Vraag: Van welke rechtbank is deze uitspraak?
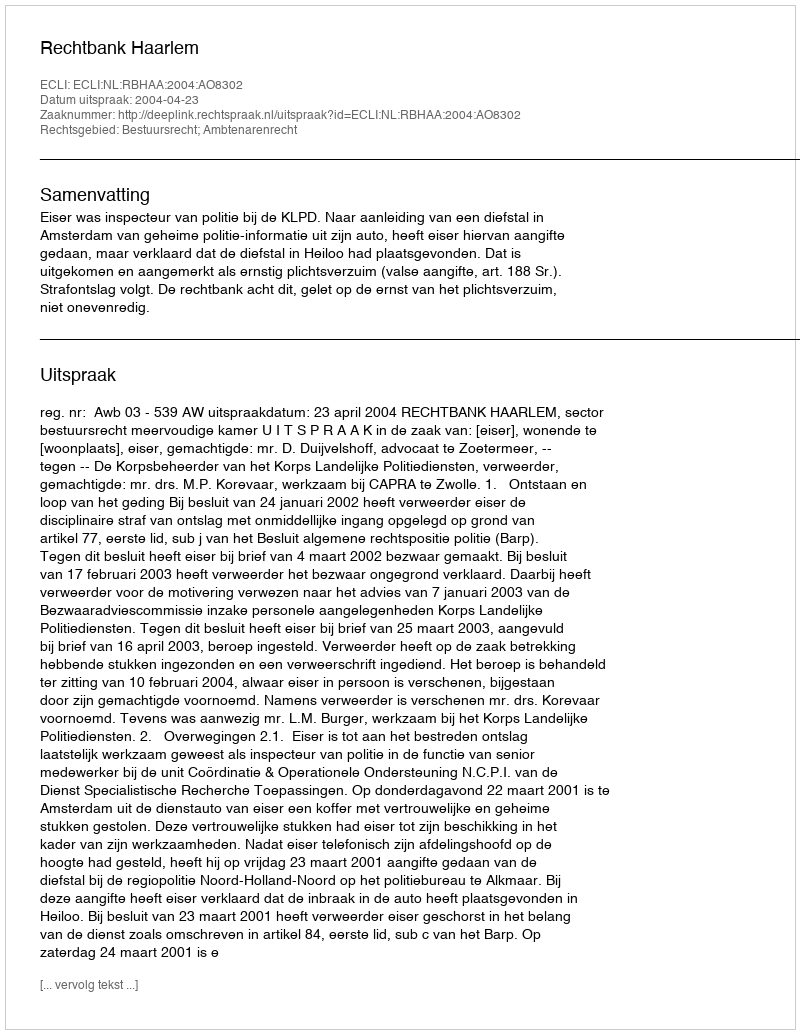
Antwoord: Rechtbank Haarlem